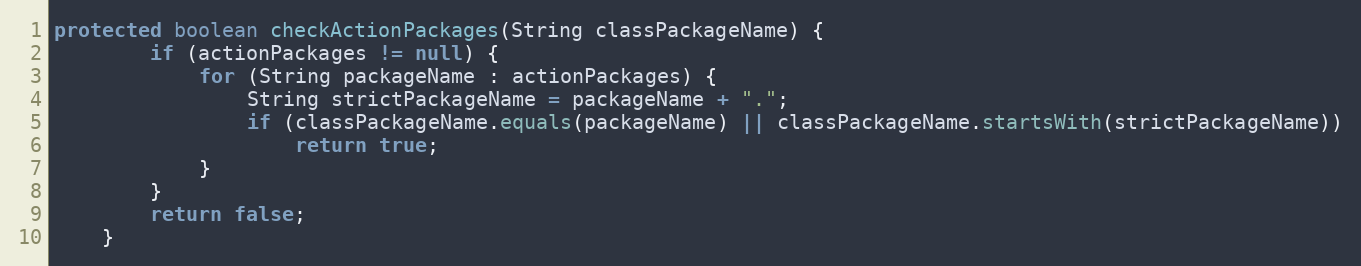
Language: Java
protected boolean checkActionPackages(String classPackageName) {
		if (actionPackages != null) {
			for (String packageName : actionPackages) {
				String strictPackageName = packageName + ".";
				if (classPackageName.equals(packageName) || classPackageName.startsWith(strictPackageName))
					return true;
			}
		}
		return false;
	}